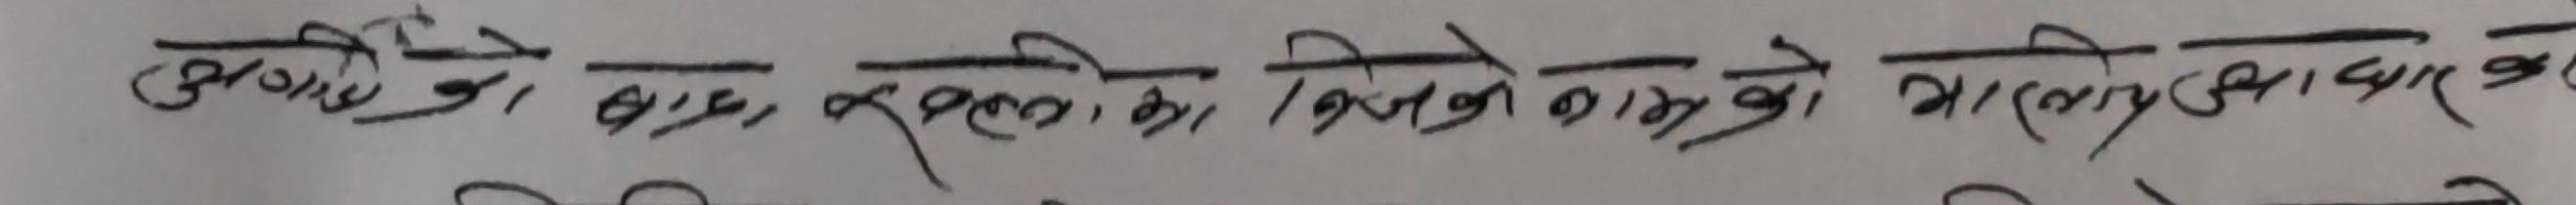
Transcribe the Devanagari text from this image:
अगाडि गो बाहिर रहुनेको, जित्नेको काम हो। भारतीयताबाट